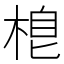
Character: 𣓛